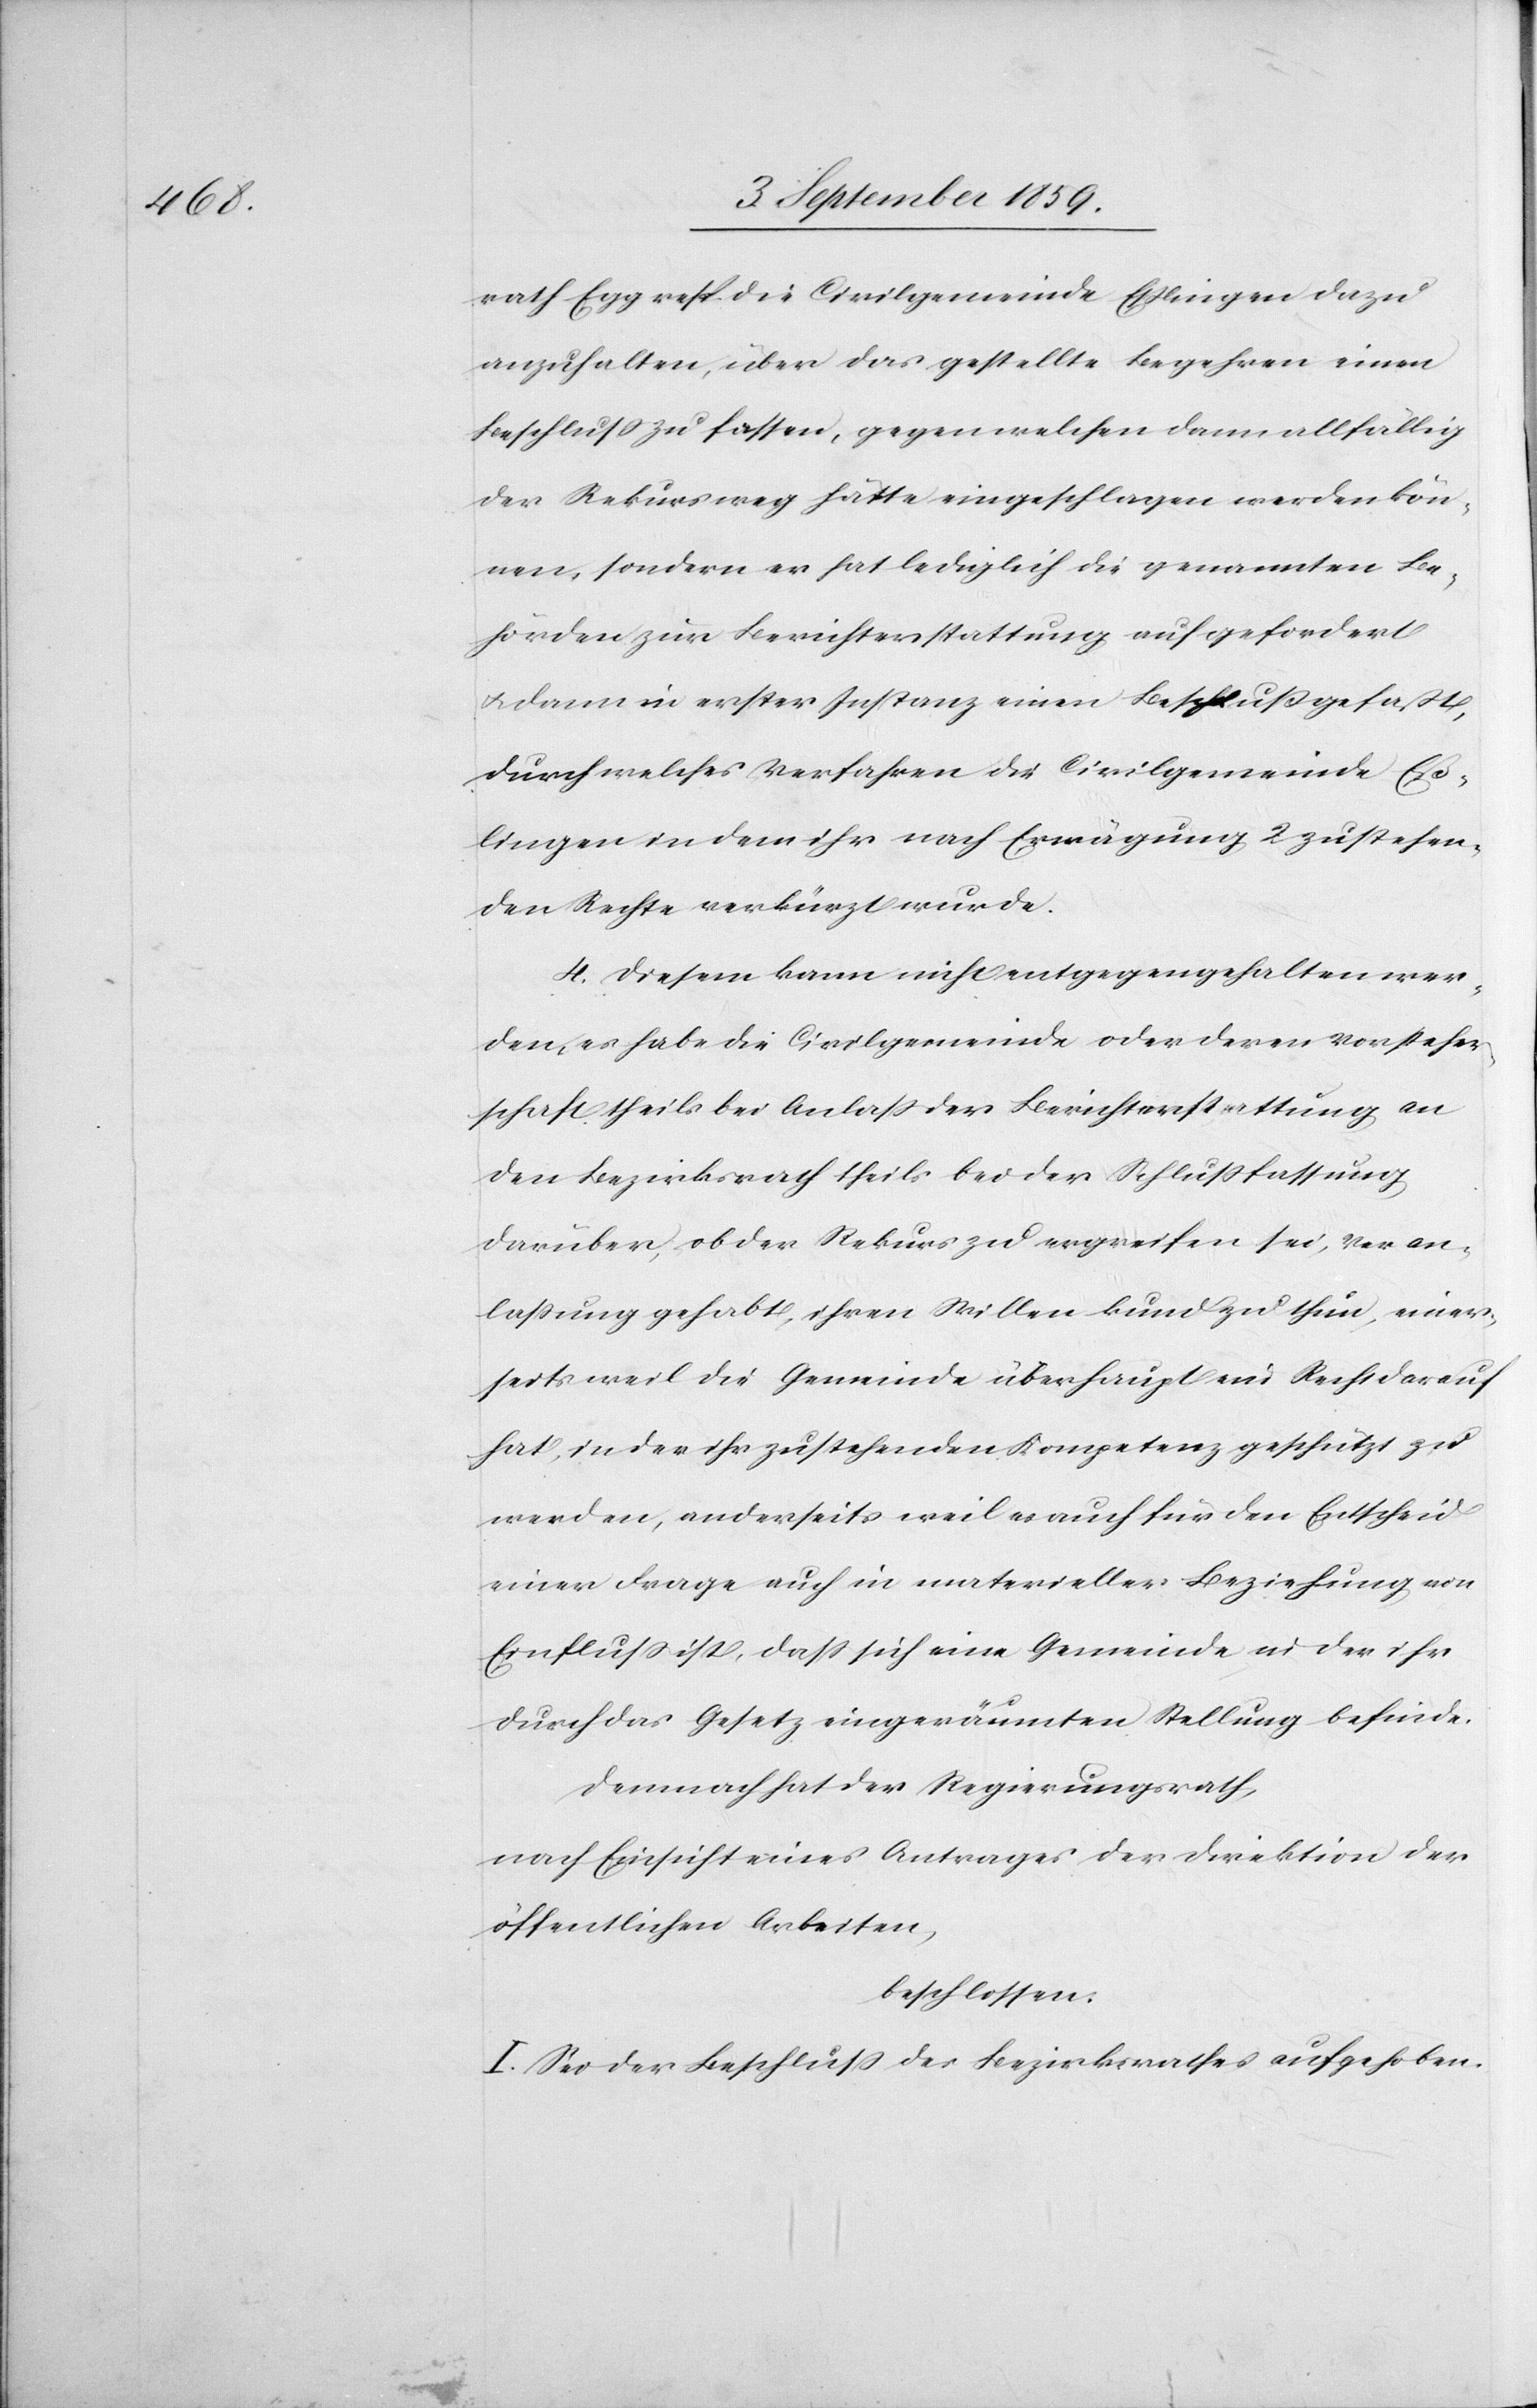
rath Egg resp. die Civilgemeinde Eßlingen dazu
anzuhalten, über das gestellte Begehren einen
Beschluß zu fassen, gegen welchen dann allfällig
der Rekursweg hätte eingeschlagen werden kön¬
nen, sondern er hat lediglich die genannten Be¬
hörden zur Berichterstattung aufgefordert
& dann in erster Instanz einen Beschluß gefaßt,
durch welches Verfahren die Civilgemeinde Eß¬
lingen in dem ihr nach Erwägung 2 zustehen¬
den Rechte verkürzt wurde.
4. Diesem kann nicht entgegengehalten wer¬
den, es habe die Civilgemeinde oder deren Vorsteher¬
schaft theils bei Anlaß der Berichterstattung an
den Bezirksrath theils bei der Schlußfassung
darüber, ob der Rekurs zu ergreifen sei, Veran¬
lassung gehabt, ihren Willen kund zu thun, einer¬
seits weil die Gemeinde überhaupt ein Recht darauf
hat, in der ihr zustehenden Kompetenz geschützt zu
werden, anderseits weil es auch für den Entscheid
einer Frage auch in materieller Beziehung von
Einfluß ist, daß sich eine Gemeinde in der ihr
durch das Gesetz eingeräumten Stellung befinde.
Demnach hat der Regierungsrath,
nach Einsicht eines Antrages der Direktion der
öffentlichen Arbeiten,
beschlossen:
I. Sei der Beschluß des Bezirksrathes aufgehoben.